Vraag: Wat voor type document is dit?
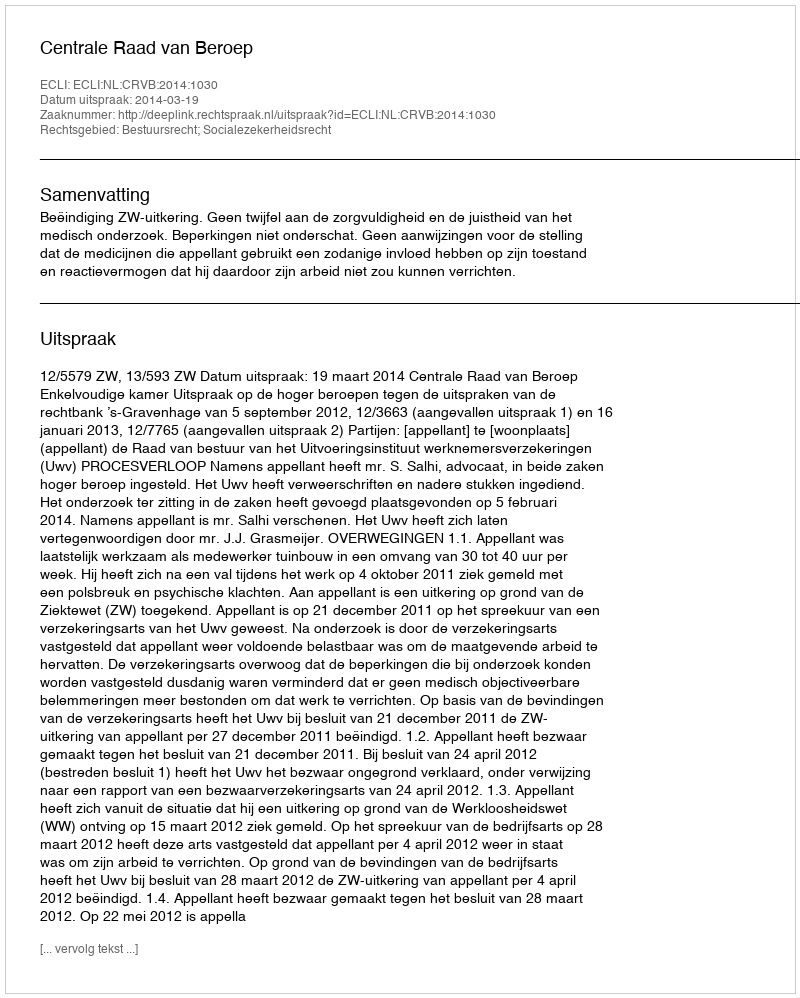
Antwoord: Uitspraak